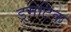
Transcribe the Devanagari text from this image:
ड्रमेटिक